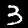
Label: 3